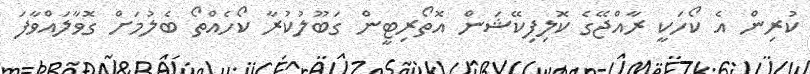
ކުރިން އެ ކޯހަކީ ރާއްޖޭގެ ކޮލިފިކޭޝަން އޮތޯރިޓީން ގަބޫލުކުރާ ކޯހެއްތޯ ބެލުމަށް ގޮވާލައްވާފަ